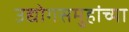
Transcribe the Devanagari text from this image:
उद्योगसमुहांच्या